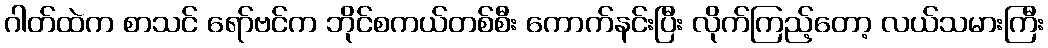
ဂါတ်ထဲက စာသင် ရော်ဗင်က ဘိုင်စကယ်တစ်စီး ကောက်နင်းပြီး လိုက်ကြည့်တော့ လယ်သမားကြီး